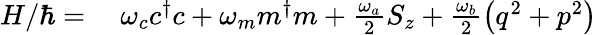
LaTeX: \begin{array}{rl}{H/\hbar=}&{{}\ \omega_{c}c^{\dagger}c+\omega_{m}m^{\dagger}m+\frac{\omega_{a}}{2}S_{z}+\frac{\omega_{b}}{2}\left(q^{2}+p^{2}\right)}\end{array}